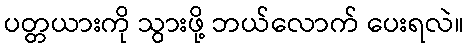
ပတ္တယားကို သွားဖို့ ဘယ်လောက် ပေးရလဲ။